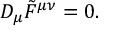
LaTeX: D _ { \mu } { \tilde { F } } ^ { \mu \nu } = 0 .